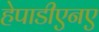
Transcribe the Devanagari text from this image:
हेपाडीएनए